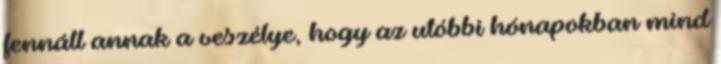
fennáll annak a veszélye, hogy az utóbbi hónapokban mind